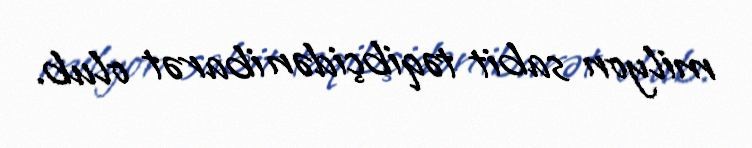
milyon sabit təqibçidən ibarət olub.